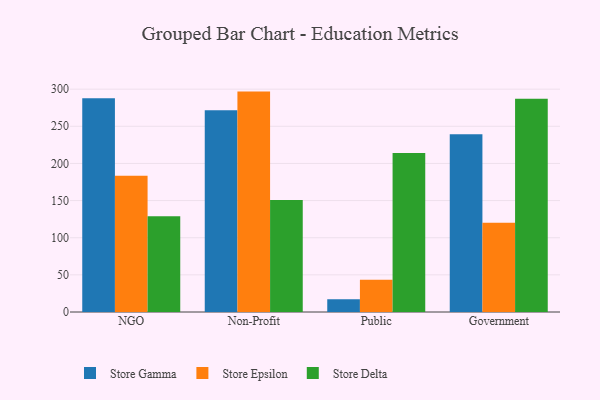
{"axis": {"x": "Segment", "y": "Shipments"}, "legend": ["Store Delta", "Store Epsilon", "Store Gamma"], "data": [{"x": "NGO", "y": 287.7, "type": "Store Gamma"}, {"x": "NGO", "y": 183.4, "type": "Store Epsilon"}, {"x": "NGO", "y": 129.0, "type": "Store Delta"}, {"x": "Non-Profit", "y": 271.5, "type": "Store Gamma"}, {"x": "Non-Profit", "y": 296.7, "type": "Store Epsilon"}, {"x": "Non-Profit", "y": 150.8, "type": "Store Delta"}, {"x": "Public", "y": 17.1, "type": "Store Gamma"}, {"x": "Public", "y": 43.3, "type": "Store Epsilon"}, {"x": "Public", "y": 213.9, "type": "Store Delta"}, {"x": "Government", "y": 239.2, "type": "Store Gamma"}, {"x": "Government", "y": 120.2, "type": "Store Epsilon"}, {"x": "Government", "y": 287.0, "type": "Store Delta"}]}